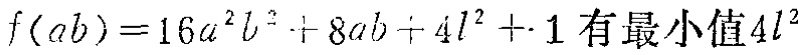
$f(ab)=16a^{2}b^{2}+8ab + 4l^{2}+1\text{有最小值}4l^{2}$